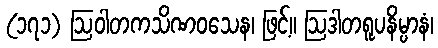
(၁၇၁) ဩဝါတကသိဏဝသေန၊ ဖြင့်။ ဩဒါတရူပနိမ္ပာနံ၊